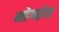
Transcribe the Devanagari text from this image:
भोगतेय